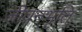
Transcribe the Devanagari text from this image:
जीवनभृति